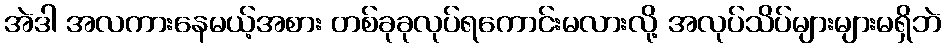
အဲဒါ အလကားနေမယ့်အစား တစ်ခုခုလုပ်ရကောင်းမလားလို့ အလုပ်သိပ်များများမရှိဘဲ